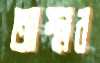
আস্থার